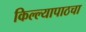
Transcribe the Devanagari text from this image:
किल्ल्यापाठचा